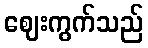
ဈေးကွက်သည်